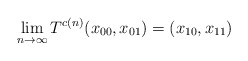
\begin{align*}\lim_{n\to\infty} T^{c(n)}(x_{00}, x_{01})=(x_{10}, x_{11})\end{align*}